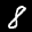
Label: 8